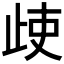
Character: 𣥱